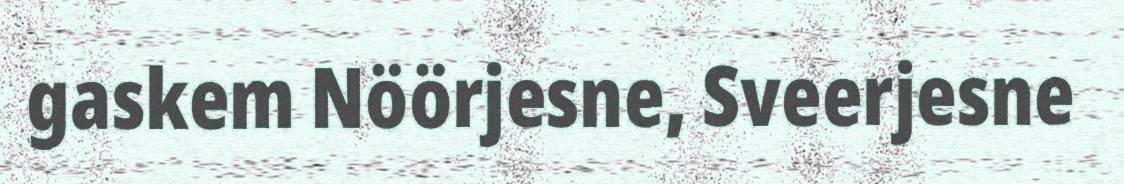
gaskem Nöörjesne, Sveerjesne